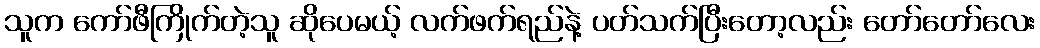
သူက ကော်ဖီကြိုက်တဲ့သူ ဆိုပေမယ့် လက်ဖက်ရည်နဲ့ ပတ်သက်ပြီးတော့လည်း တော်တော်လေး